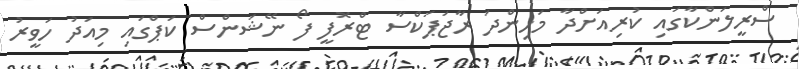
ސްރީލަންކާގައި ކުރިއަށްދާ މަހިންދަ ރާޖަޕަކްސާ ޓްރޮފީ ފޯ ނޭޝަންސް ކަޕްގައި މިއަދު ހަވީރު